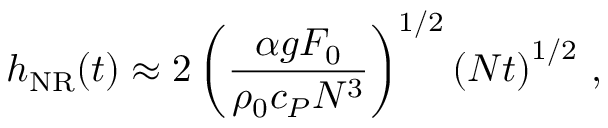
h _ { \mathrm { N R } } ( t ) \approx 2 \left( \frac { \alpha g F _ { 0 } } { \rho _ { 0 } c _ { P } N ^ { 3 } } \right) ^ { 1 / 2 } \left( N t \right) ^ { 1 / 2 } \, ,